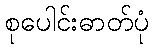
စုပေါင်းဓာတ်ပုံ